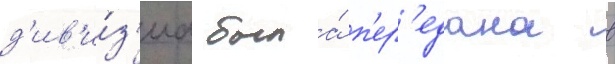
д'ив'и́з'иа была́ п'ер'едана в